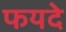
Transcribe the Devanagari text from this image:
फयदे